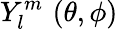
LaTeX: Y_{l}^{m}\, \left(\theta,\phi\right)